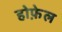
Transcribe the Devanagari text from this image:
होफ़ेल